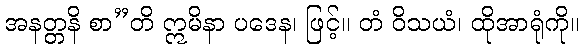
အနတ္တနိ စာ”တိ ဣမိနာ ပဒေန၊ ဖြင့်။ တံ ဝိသယံ၊ ထိုအာရုံကို။